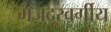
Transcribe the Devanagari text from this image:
मज़दूरवर्गीय